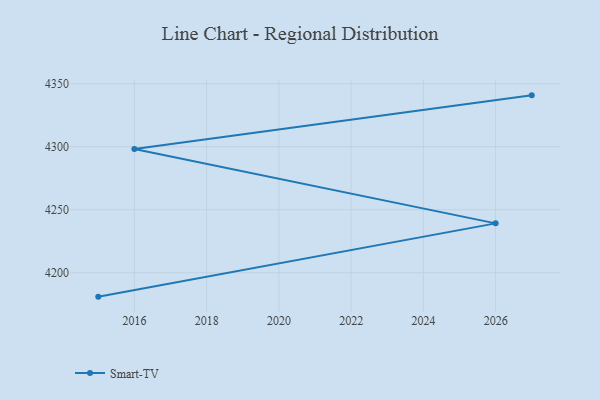
{"axis": {"x": "Year", "y": "Headcount"}, "legend": ["Smart-TV"], "data": [{"x": "2027", "y": 4340.7, "type": "Smart-TV"}, {"x": "2016", "y": 4298.1, "type": "Smart-TV"}, {"x": "2026", "y": 4239.2, "type": "Smart-TV"}, {"x": "2015", "y": 4181.1, "type": "Smart-TV"}]}